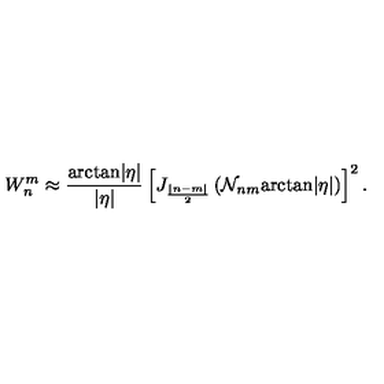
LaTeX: W _ { n } ^ { m } \approx \frac { \mathrm { a r c t a n } | \eta | } { | \eta | } \left[ J _ { \frac { | n - m | } 2 } \left( { \cal N } _ { n m } \mathrm { a r c t a n } | \eta | \right) \right] ^ { 2 } .